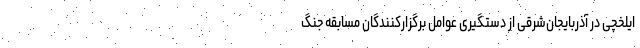
ایلخچی در آذربایجان‌شرقی از دستگیری عوامل برگزارکنندگان مسابقه جنگ